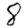
Digit: 8